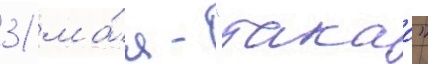
31 ма́я - "такао"